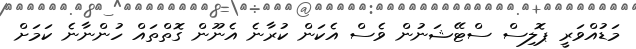
މަޑުއްވަރީ ޕޮލިސް ސްޓޭޝަނުން ވެސް އެކަން ކުރާނެ އެނޫން ގޮތްތައް ހުންނާނެ ކަމަށް